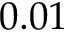
0 . 0 1